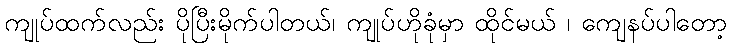
ကျုပ်ထက်လည်း ပိုပြီးမိုက်ပါတယ်၊ ကျုပ်ဟိုခုံမှာ ထိုင်မယ် ၊ ကျေနပ်ပါတော့